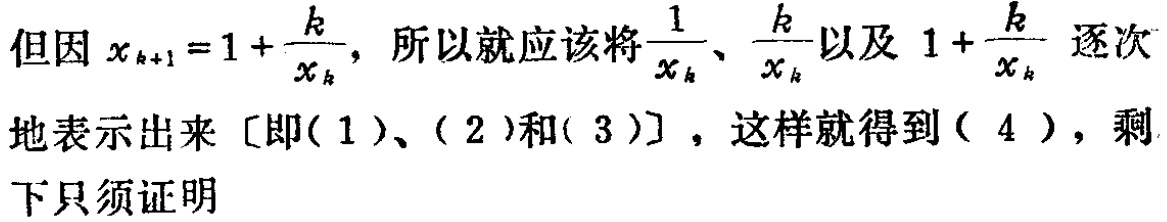
但因 \(x_{k + 1}=1+\frac{k}{x_{k}}\)，所以就应该将\(\frac{1}{x_{k}}\)、\(\frac{k}{x_{k}}\)以及 \(1+\frac{k}{x_{k}}\) 逐次地表示出来 [即\((1)\)、\((2)\)和\((3)\)] ，这样就得到\((4)\)，剩下只须证明